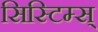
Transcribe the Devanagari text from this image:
सिस्टिम्स्